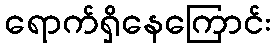
ရောက်ရှိနေကြောင်း